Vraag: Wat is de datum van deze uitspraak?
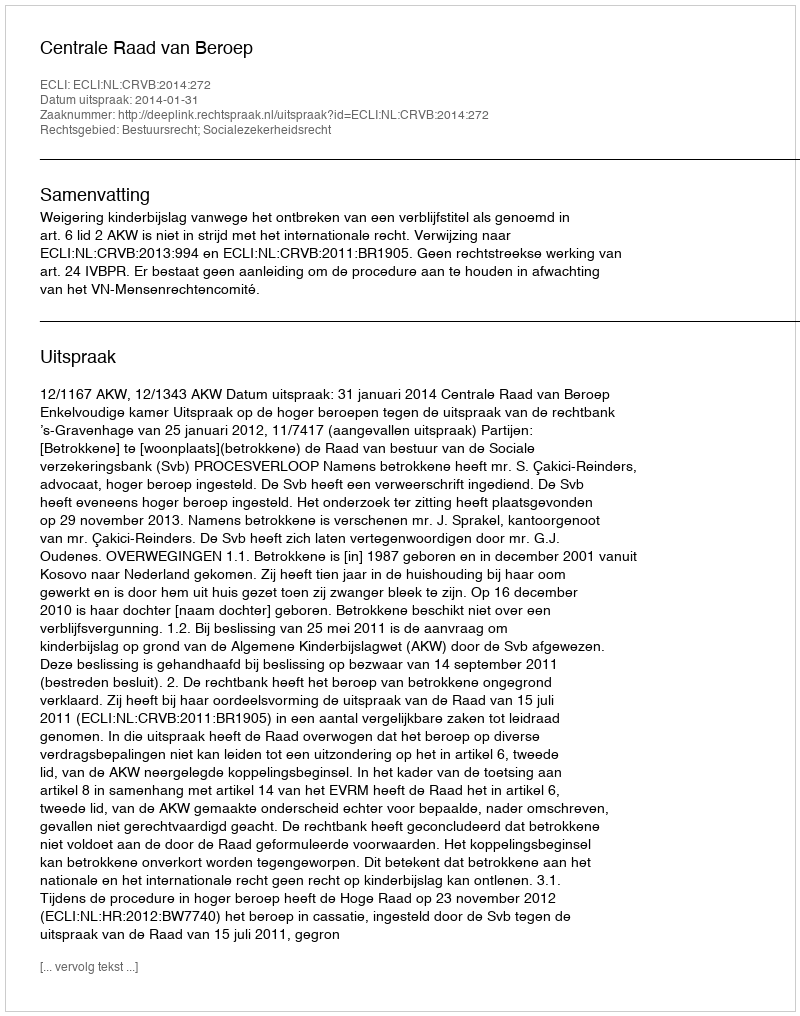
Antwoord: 2014-01-31